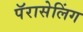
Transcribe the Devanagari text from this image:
पॅरासेलिंग